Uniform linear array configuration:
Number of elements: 24
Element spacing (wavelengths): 0.25
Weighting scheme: hamming
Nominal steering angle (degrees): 45
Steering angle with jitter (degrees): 46.406
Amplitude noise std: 0.05
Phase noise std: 0.05

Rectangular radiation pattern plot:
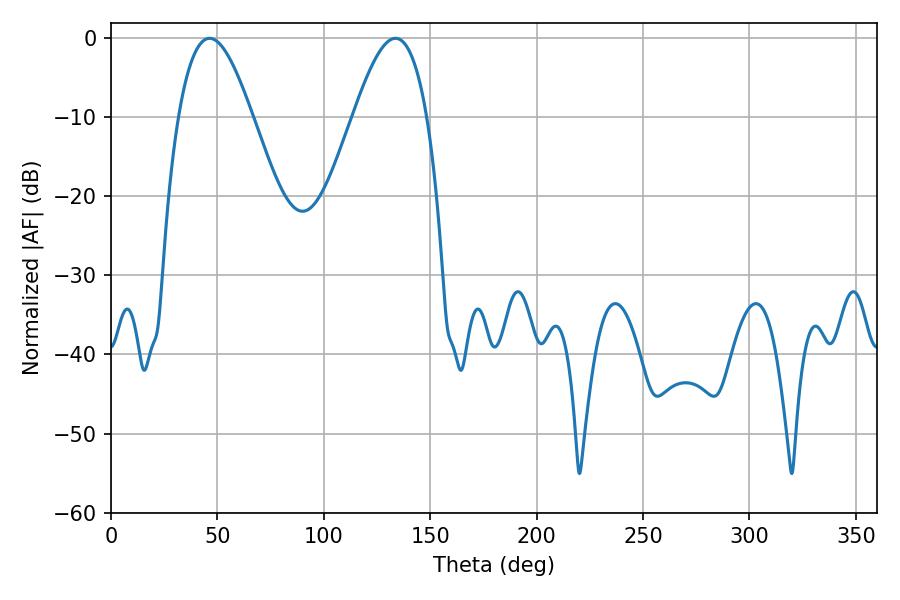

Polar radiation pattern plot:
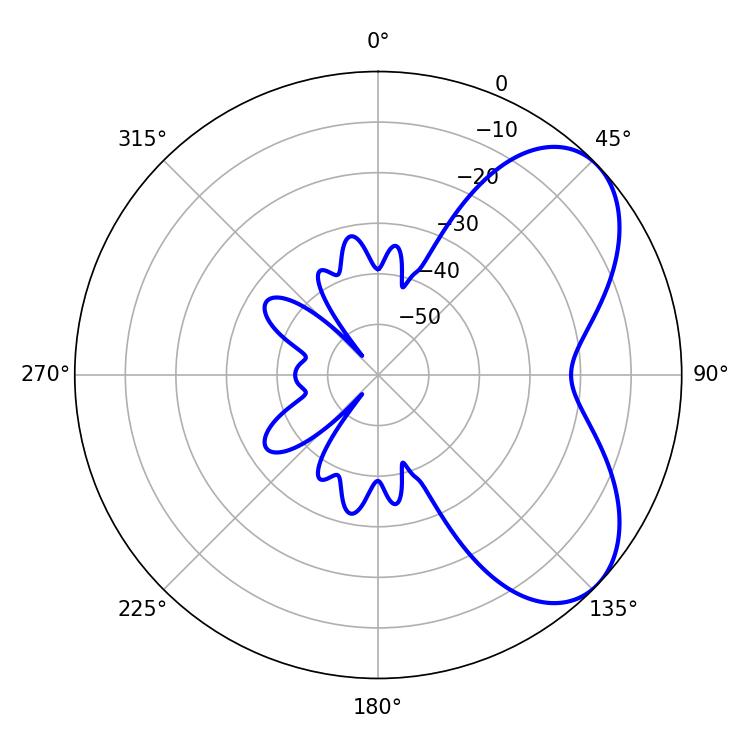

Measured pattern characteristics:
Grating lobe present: FALSE
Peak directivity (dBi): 5.775
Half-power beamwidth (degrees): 18.72
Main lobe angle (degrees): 46.26